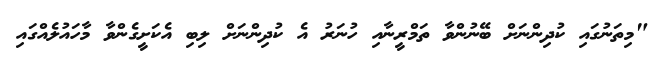
"މިތަނުގައި ކުދިންނަށް ބޭނުންވާ ތަމްރީނާއި ހުނަރު އެ ކުދިންނަށް ލިބި އެކަށީގެންވާ މާހައުލެއްގައި